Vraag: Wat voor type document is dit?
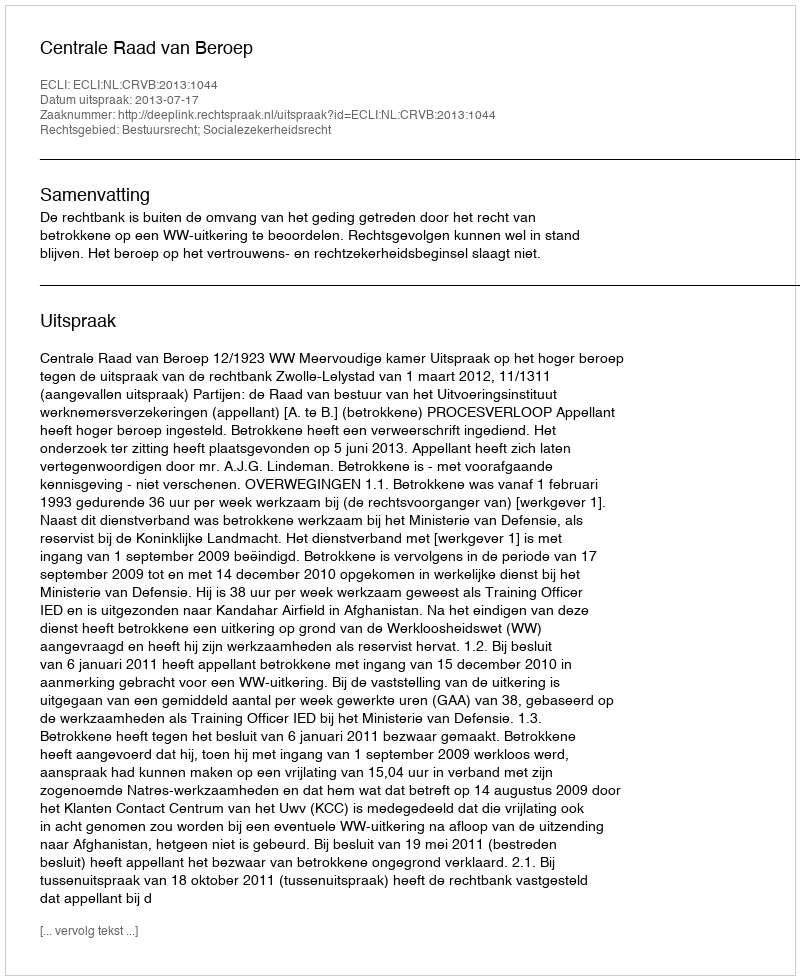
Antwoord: Uitspraak